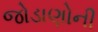
જોડાણોની